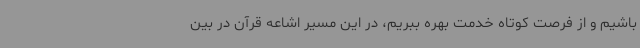
باشیم و از فرصت کوتاه خدمت بهره ببریم، در این مسیر اشاعه قرآن در بین